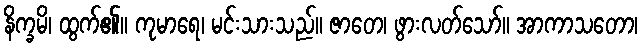
နိက္ခမိ၊ ထွက်၏။ ကုမာရေ၊ မင်းသားသည်။ ဇာတေ၊ ဖွားလတ်သော်။ အာကာသတော၊